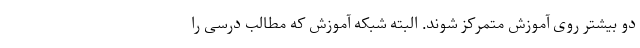
دو بیشتر روی آموزش متمرکز شوند. البته شبکه آموزش که مطالب درسی را